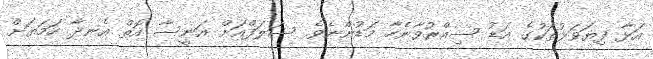
އަޅާ ފިޔަވަޅުތަކުގެ އަޑު ސިއްރުވާނެހާ މަޑުންނެވެ. ސަލަފްއަށް އަނީސާ އޮތް އެނދާ ހަމަޔަށް